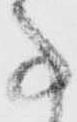
事